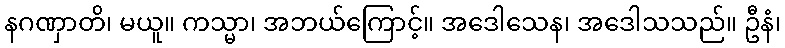
နဂဏှာတိ၊ မယူ။ ကသ္မာ၊ အဘယ်ကြောင့်။ အဒေါသေန၊ အဒေါသသည်။ ဦနံ၊